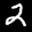
Label: 2